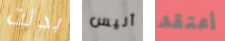
بدئت أليس أعتقد